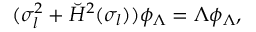
( \sigma _ { l } ^ { 2 } + \breve { H } ^ { 2 } ( \sigma _ { l } ) ) \phi _ { \Lambda } = \Lambda \phi _ { \Lambda } ,